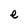
Character: e